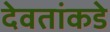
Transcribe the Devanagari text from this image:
देवतांकडे